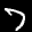
Label: 7